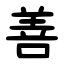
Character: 善